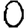
Digit: 0